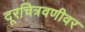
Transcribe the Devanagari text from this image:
दूरचित्रवणीवर